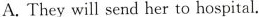
A. They will send her to hospital.